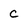
Character: C